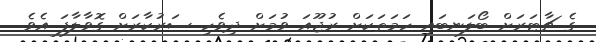
ގެ ޗާޓަރަށް ބޯލަނބައި ހަމަތަކަށް ރުޖޫއަ ވުމަށް ދިވެހި ސަރުކާރަށް ގޮވާލާފަ އެވެ.